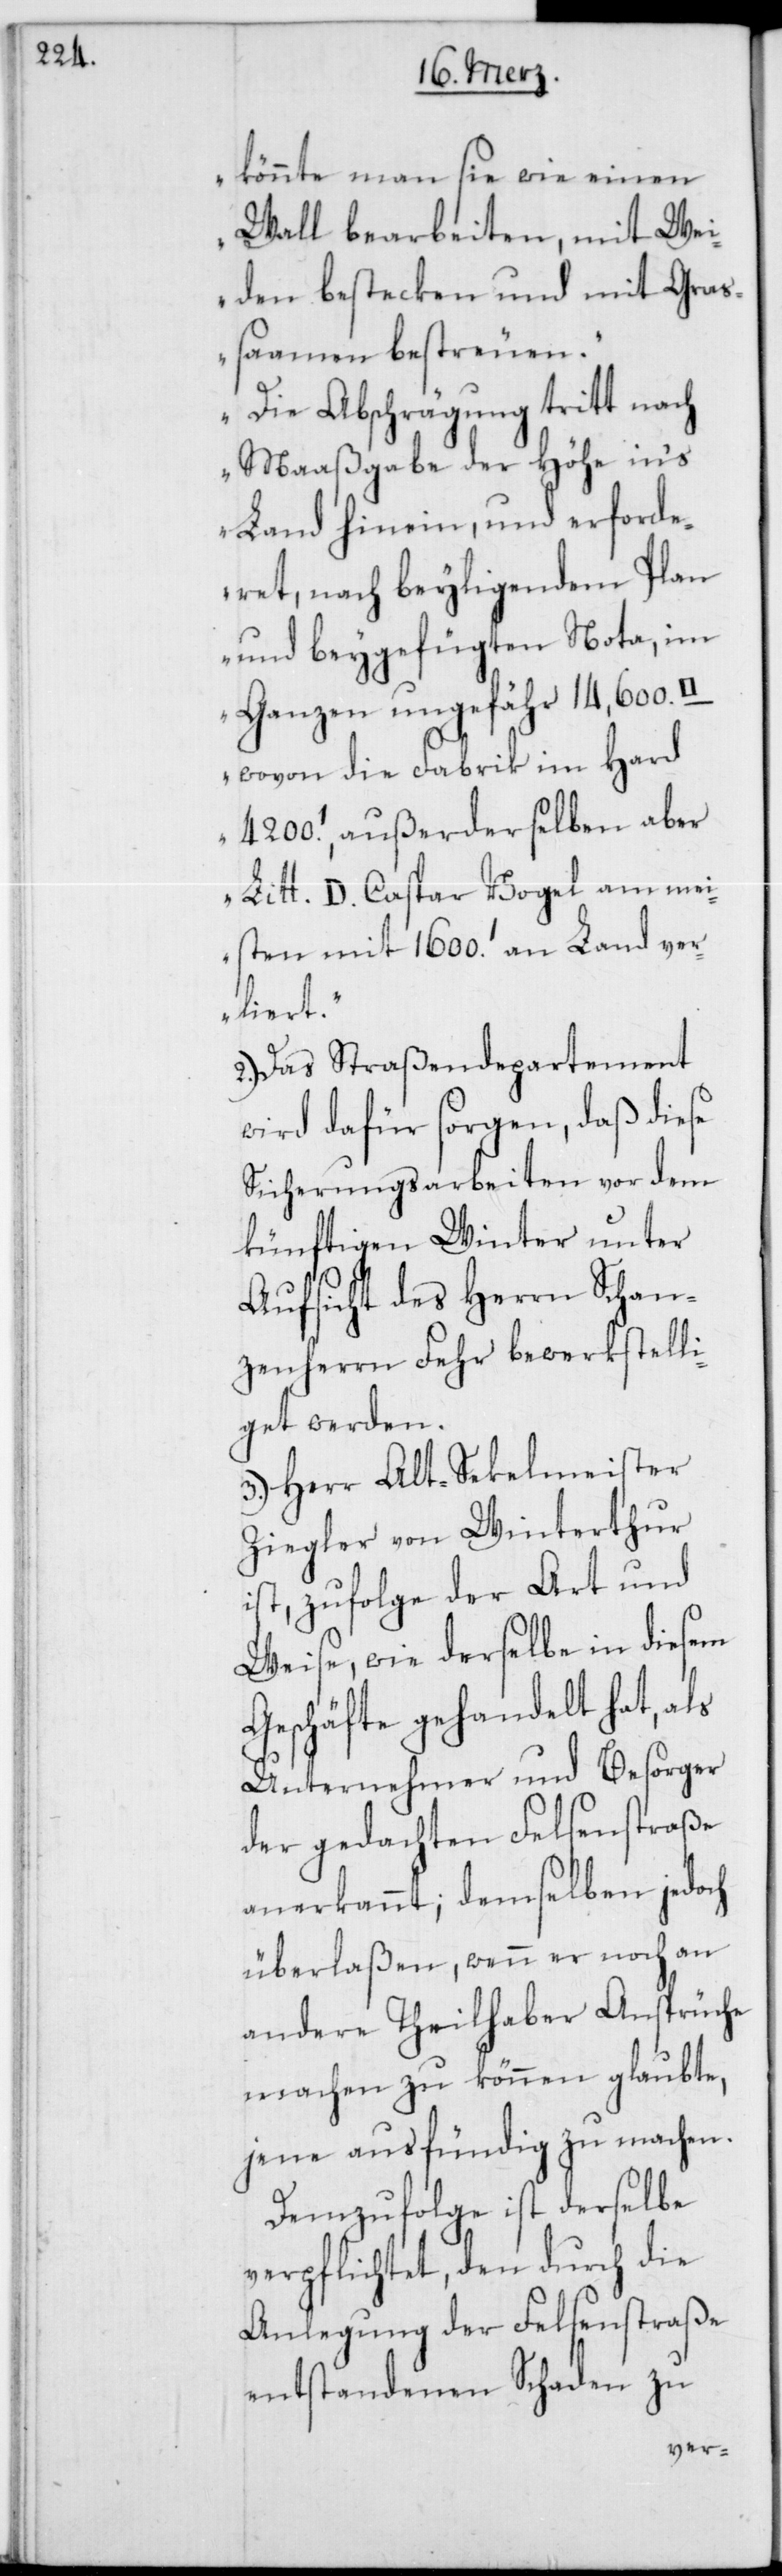
könnte man sie wie einen
Wall bearbeiten, mit Wei¬
den bestecken und mit Gras¬
samen bestreuen.
Die Abschrägung tritt nach
Maaßgabe der Höhe in’s
Land hinein, und erforde¬
ret, nach beyliegendem Plan
und beygefügten Nota, im
Ganzen ungefähr 14,600.
wovon die Fabrik im Hard
4200.’, außerderselben aber
Litt. D. Caspar Vogel am mei¬
sten mit 1600.’ an Land ver¬
liert.
2.) Das Straßendepartement
wird dafür sorgen, daß diese
Sicherungsarbeiten vor dem
künftigen Winter unter
Aufsicht des Herrn Schan¬
zenherrn Fehr bewerkstell¬
iget werden.
3.) Herr Alt-Sekelmeister
Ziegler von Winterthur
ist, zufolge der Art und
Weise, wie derselbe in diesem
Geschäfte gehandelt hat, als
Unternehmer und Besorger
der gedachten Felsenstraße
anerkannt; demselben jedoch
überlaßen, wenn er noch an
andere Theilhaber Ansprüche
machen zu können glaubte,
jene ausfündig zu machen.
Demzufolge ist derselbe
verpflichtet, den durch die
Anlegung der Felsenstraße
entstandenen Schaden zu